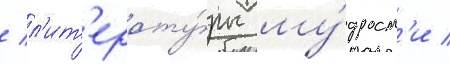
/ л'ит'ерату́ры му́дрост'и /